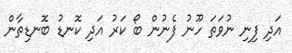
އަދި ފިނި ނުވަތަ ހޫނު ފެނުން ބޯ ކަރު އަދި ކޮނޑު ބޮނޑިތާން